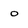
Character: o